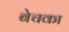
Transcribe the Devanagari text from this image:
बेचका